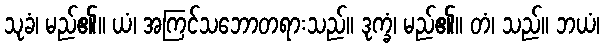
သုခံ၊ မည်၏။ ယံ၊ အကြင်သဘောတရားသည်။ ဒုက္ခံ၊ မည်၏။ တံ၊ သည်။ ဘယံ၊